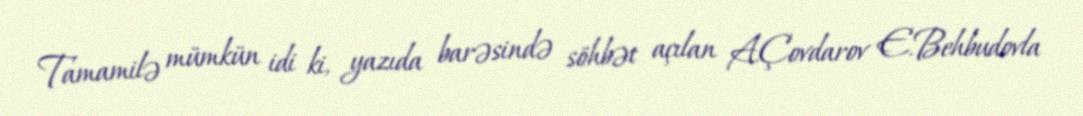
Tamamilə mümkün idi ki, yazıda barəsində söhbət açılan A.Çovdarov E.Behbudovla